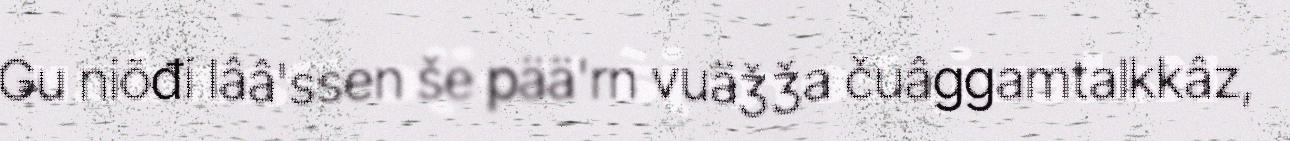
Ǥu niõđi lââ'ssen še pää'rn vuäǯǯa čuâggamtalkkâz,